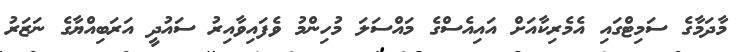
މާދަމާގެ ސަމިޓްގައި އެމެރިކާއަށް އައިއެސްގެ މައްސަލަ މުހިންމު ވެފައިވާއިރު ސައުދީ އަރަބިއްޔާގެ ނަޒަރު